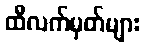
ထီလက်မှတ်များ